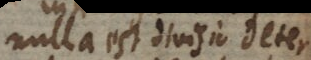
nulla est divisio deter